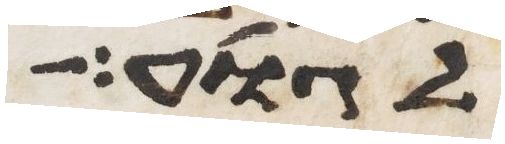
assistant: לגוע